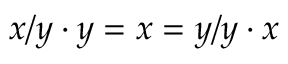
x / y \cdot y = x = y / y \cdot x